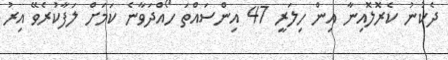
ދެކުނު ކެރޮލޮއިނާ އިން ހިލަރީ 47 އިންސައްތަ ހޯއްދަވާނެ ކަމަށް ލަފާކުރެވޭ އިރު